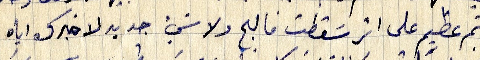
مأتم عظيم على اثر سَقطت فالج ولا شيء جديد لاخبرك اياه